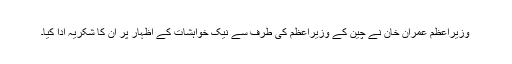
وزیراعظم عمران خان نے چین کے وزیراعظم کی طرف سے نیک خواہشات کے اظہار پر ان کا شکریہ ادا کیا۔